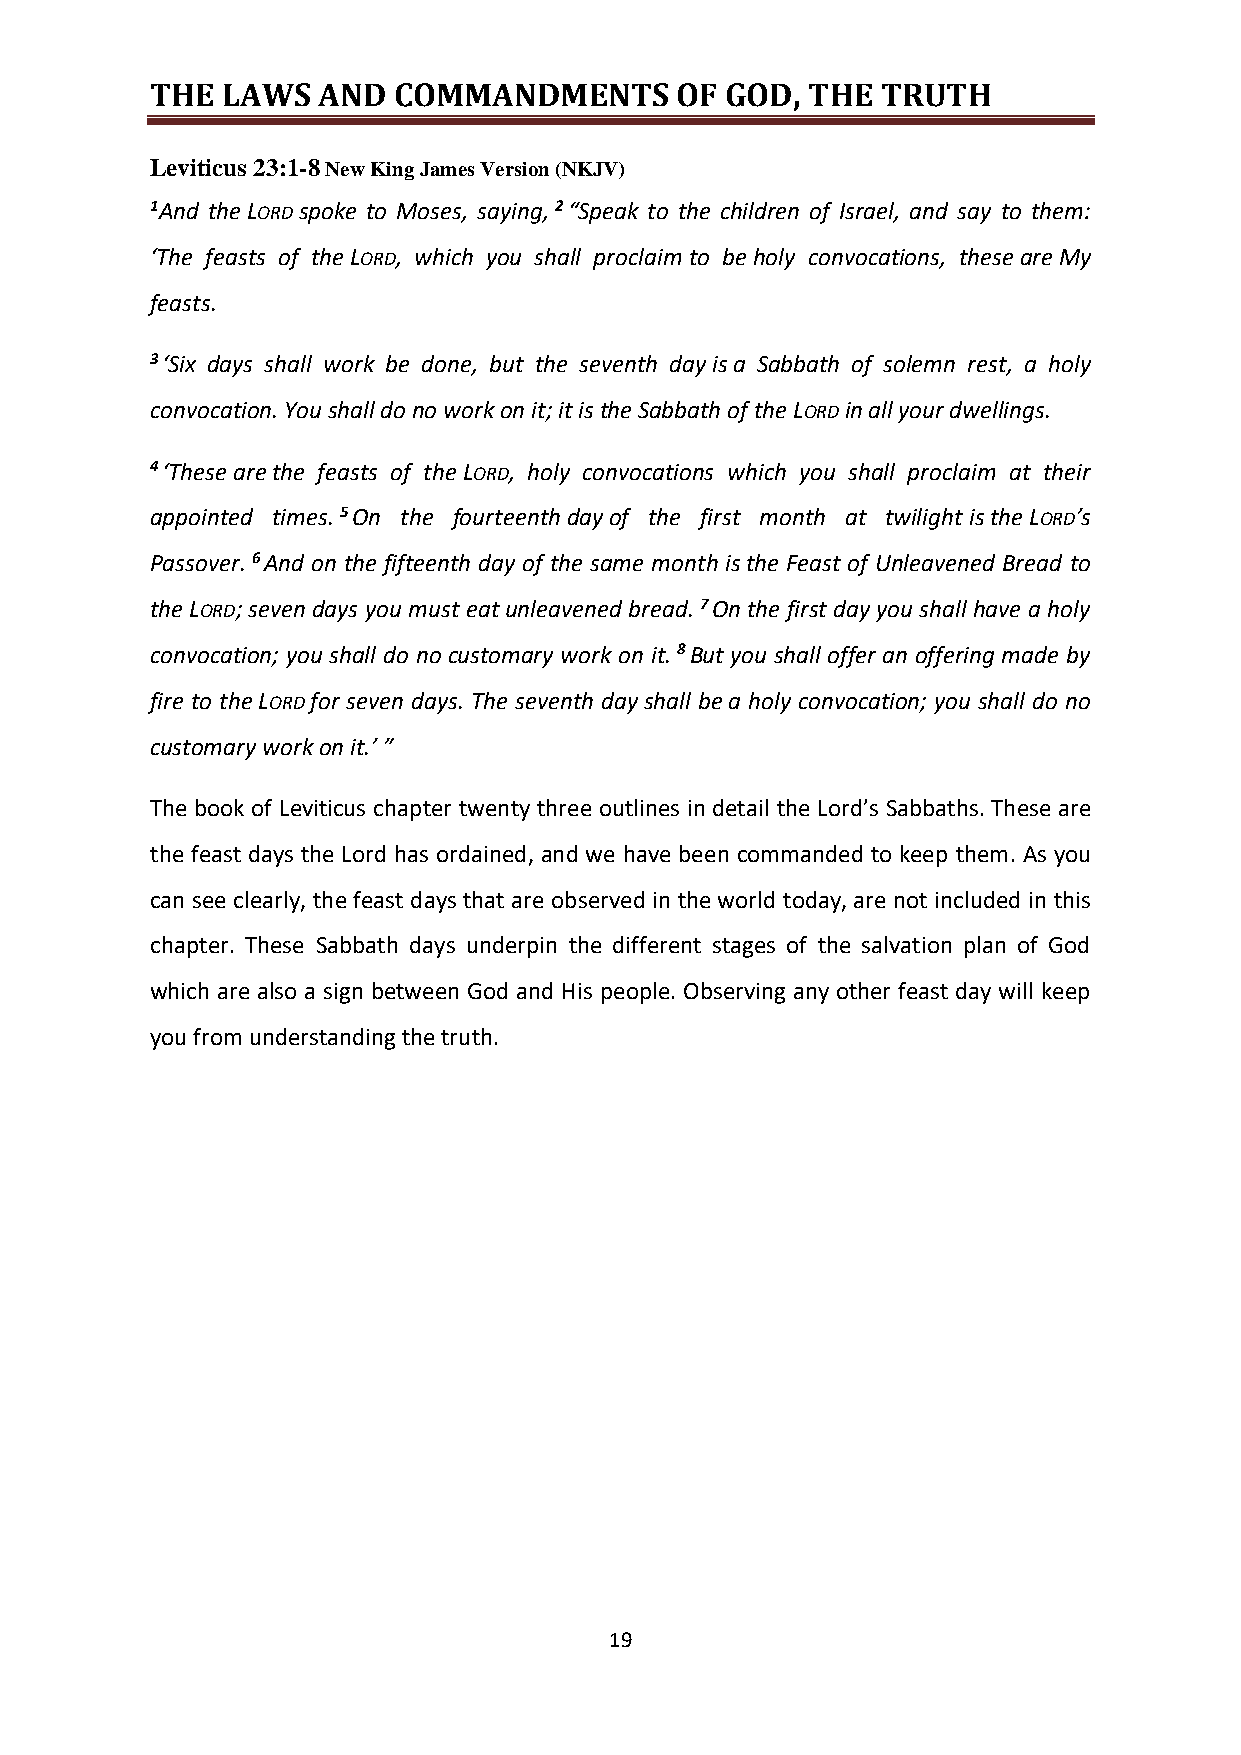
THE  LAWS  AND  COMMANDMENTS       OF GOD, THE  TRUTH
 Leviticus 23:1-8 New King James Version (NKJV)
 1And the LORD spoke to Moses, saying, 2 “Speak to the children of Israel, and say to them:
 ‘The feasts of the LORD, which you shall proclaim to be holy convocations, these are My
 feasts.
 3 ‘Six days shall work be done, but the seventh day is a Sabbath of solemn rest, a holy
 convocation. You shall do no work on it; it is the Sabbath of the LORD in all your dwellings.
 4 ‘These are the feasts of the LORD, holy convocations which you shall proclaim at their
 appointed times. 5 On the fourteenth day of the first month at twilight is the LORD’s
 Passover. 6 And on the fifteenth day of the same month is the Feast of Unleavened Bread to
 the LORD; seven days you must eat unleavened bread. 7 On the first day you shall have a holy
 convocation; you shall do no customary work on it. 8 But you shall offer an offering made by
 fire to the LORD for seven days. The seventh day shall be a holy convocation; you shall do no
 customary work on it.’ ”
 The book of Leviticus chapter twenty three outlines in detail the Lord’s Sabbaths. These are
 the feast days the Lord has ordained, and we have been commanded to keep them. As you
 can see clearly, the feast days that are observed in the world today, are not included in this
 chapter. These Sabbath days underpin the different stages of the salvation plan of God
 which are also a sign between God and His people. Observing any other feast day will keep
 you from understanding the truth.
 19